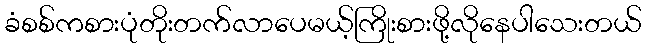
ခံစစ်ကစားပုံတိုးတက်လာပေမယ့်ကြိုးစားဖို့လိုနေပါသေးတယ်